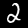
Digit: 2